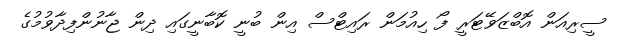
ސީރިއަން އޮބްޒަވޭޓަރީ ފޯ ހިއުމަން ރައިޓްސް އިން ބުނީ ކޮބާނީގައި ދިން ޖާނުންފިދާވުމުގެ